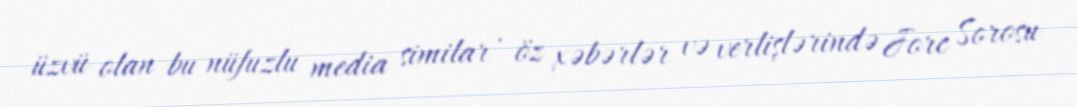
üzvü olan bu nüfuzlu media similar , öz xəbərlər və verlişlərində Jorc Sorosu